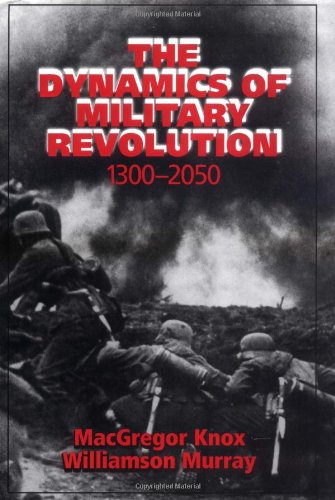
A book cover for The Dynamics of Military Revolution, 1300-2050; History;